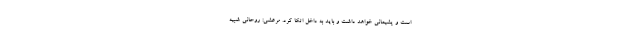
است و پشیمانی خواهد داشت و باید به داخل اتکا کرد. مرعشی: روحانی شبیه